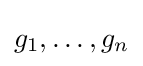
g_{1},\ldots ,g_{n}